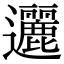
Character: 邐